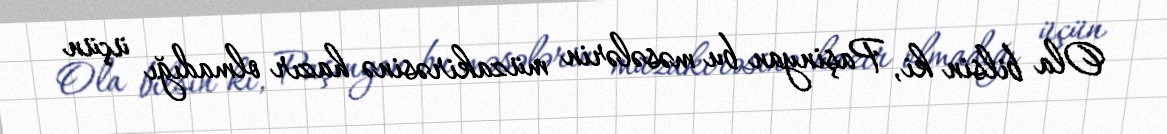
Ola bilsin ki, Paşinyan bu məsələrin müzakirəsinə hazır olmadığı üçün